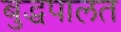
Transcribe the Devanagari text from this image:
बुद्धपालत